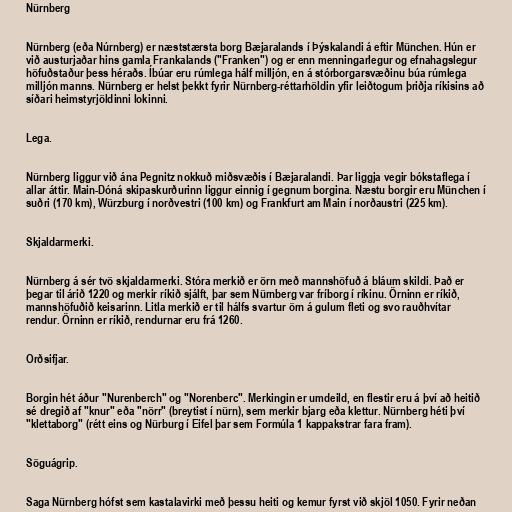
Nürnberg

Nürnberg (eða Núrnberg) er næststærsta borg Bæjaralands í Þýskalandi á eftir München. Hún er
við austurjaðar hins gamla Frankalands ("Franken") og er enn menningarlegur og efnahagslegur
höfuðstaður þess héraðs. Íbúar eru rúmlega hálf milljón, en á stórborgarsvæðinu búa rúmlega
milljón manns. Nürnberg er helst þekkt fyrir Nürnberg-réttarhöldin yfir leiðtogum þriðja ríkisins að
síðari heimstyrjöldinni lokinni.

Lega.

Nürnberg liggur við ána Pegnitz nokkuð miðsvæðis í Bæjaralandi. Þar liggja vegir bókstaflega í
allar áttir. Main-Dóná skipaskurðurinn liggur einnig í gegnum borgina. Næstu borgir eru München í
suðri (170 km), Würzburg í norðvestri (100 km) og Frankfurt am Main í norðaustri (225 km).

Skjaldarmerki.

Nürnberg á sér tvö skjaldarmerki. Stóra merkið er örn með mannshöfuð á bláum skildi. Það er
þegar til árið 1220 og merkir ríkið sjálft, þar sem Nürnberg var fríborg í ríkinu. Örninn er ríkið,
mannshöfuðið keisarinn. Litla merkið er til hálfs svartur örn á gulum fleti og svo rauðhvítar
rendur. Örninn er ríkið, rendurnar eru frá 1260.

Orðsifjar.

Borgin hét áður "Nurenberch" og "Norenberc". Merkingin er umdeild, en flestir eru á því að heitið
sé dregið af "knur" eða "nörr" (breytist í nürn), sem merkir bjarg eða klettur. Nürnberg héti því
"klettaborg" (rétt eins og Nürburg í Eifel þar sem Formúla 1 kappakstrar fara fram).

Söguágrip.

Saga Nürnberg hófst sem kastalavirki með þessu heiti og kemur fyrst við skjöl 1050. Fyrir neðan